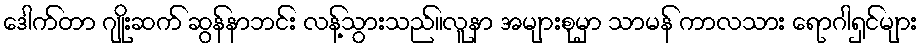
ဒေါက်တာ ဂျိုးဆက် ဆွန်နာဘင်း လန့်သွားသည်။လူနာ အများစုမှာ သာမန် ကာလသား ရောဂါရှင်များ